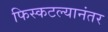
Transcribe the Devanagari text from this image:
फिस्कटल्यानंतर